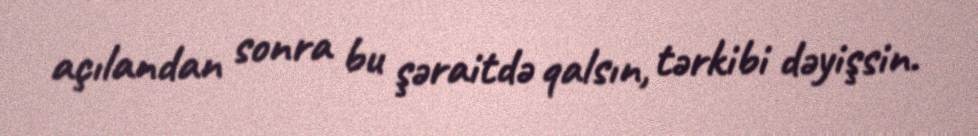
açılandan sonra bu şəraitdə qalsın, tərkibi dəyişsin.